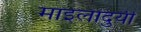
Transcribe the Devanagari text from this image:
माइलादुर्यी